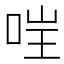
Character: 𫪇